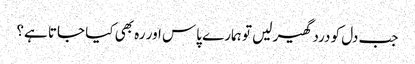
جب دل کو درد گھیر لیں تو ہمارے پاس اور رہ بھی کیا جاتا ہے؟